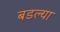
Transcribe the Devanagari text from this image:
बडल्या